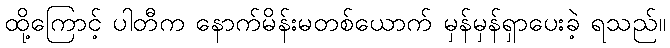
ထို့ကြောင့် ပါတီက နောက်မိန်းမတစ်ယောက် မှန်မှန်ရှာပေးခဲ့ ရသည်။